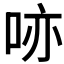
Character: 𠲔